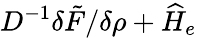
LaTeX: D^{-1}{\delta\tilde{F}}/{\delta\rho}+\widehat H_{e}